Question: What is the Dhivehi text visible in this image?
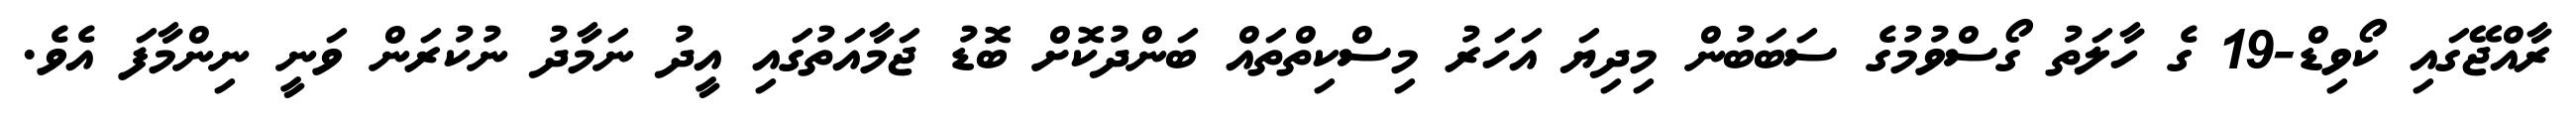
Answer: ރާއްޖޭގައި ކޯވިޑް-19 ގެ ހާލަތު ގޯސްވުމުގެ ސަބަބުން މިދިޔަ އަހަރު މިސްކިތްތައް ބަންދުކޮށް ބޮޑު ޖަމާއަތުގައި އީދު ނަމާދު ނުކުރަން ވަނީ ނިންމާފަ އެވެ.